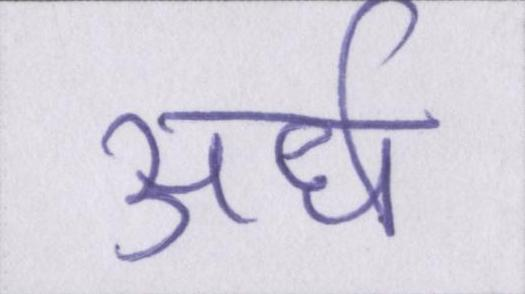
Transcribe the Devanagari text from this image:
अर्ध